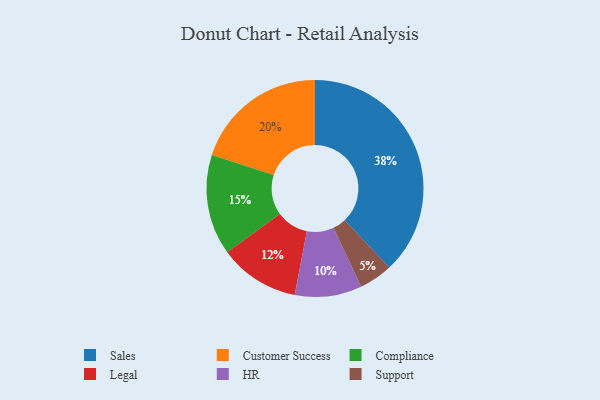
{"axis": {"x": "Category", "y": "Percentage"}, "legend": ["Compliance", "Customer Success", "HR", "Legal", "Sales", "Support"], "data": [{"x": "Compliance", "y": 15, "type": "Compliance"}, {"x": "Legal", "y": 12, "type": "Legal"}, {"x": "Support", "y": 5, "type": "Support"}, {"x": "Customer Success", "y": 20, "type": "Customer Success"}, {"x": "Sales", "y": 38, "type": "Sales"}, {"x": "HR", "y": 10, "type": "HR"}]}